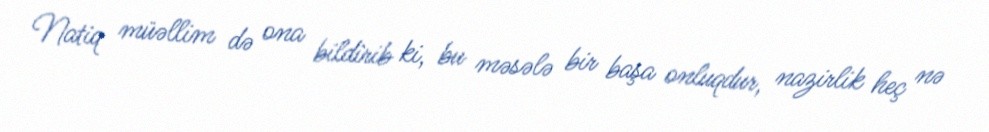
Natiq müəllim də ona bildirib ki, bu məsələ bir başa onluqdur, nazirlik heç nə